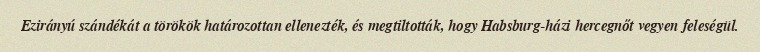
Ezirányú szándékát a törökök határozottan ellenezték, és megtiltották, hogy Habsburg-házi hercegnőt vegyen feleségül.